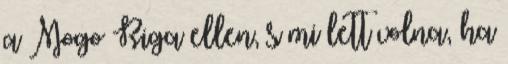
a Mogo Riga ellen, s mi lett volna, ha